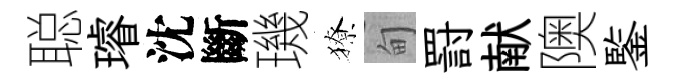
聪璿沈斷璣獠甸罸献隩鍳